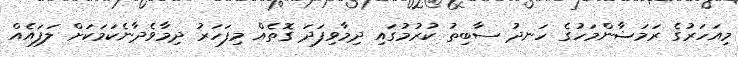
މިއަހަރުގެ ރަމަޟާންމަހުގެ ހަނދު ސާބިތު ކުރުމުގައި ދިމާވިފަދަ ގޮތެއް މިފަހަރު ދިމާވެދާނެކަމަކަށް ލަފައެއް